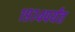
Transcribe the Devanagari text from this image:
१९७४पर्यंत